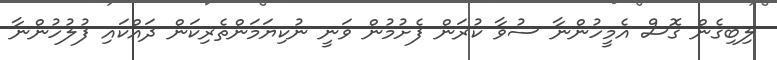
ލިބިގެން ގޮސް އެމީހުންނާ ސުވާ ކުރަން ފެށުމުން ވަނީ ނުކިޔަމަންތެރިކަން ދައްކައި ފުލުހުންނާ